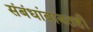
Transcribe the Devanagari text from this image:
संबंधांबाबतही